Mental hospitals Bombay report 1921-28 - 1921-1928
Year: 1921
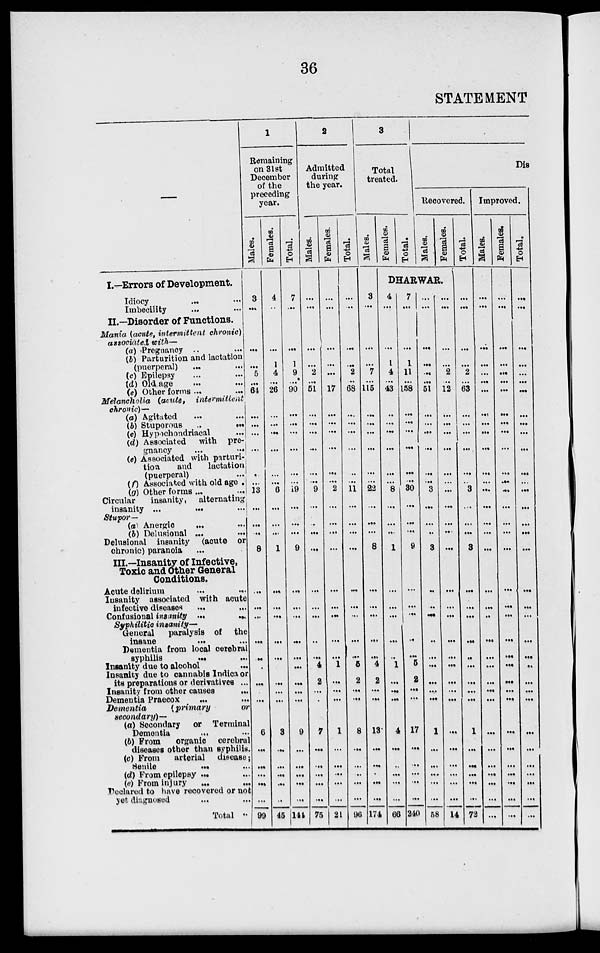
36
STATEMENT
—
I.—Errors of Development.
Idiocy
...
...
Imbecility ... ...
II.—Disorder of Functions.
Mania (acute, intermittent chronic)
associated with—
(a) Pregnancy .. ...
(b) Parturition and lactation
(puerperal) ... ...
(c) Epilepsy ... ...
(d) Old age ... ...
(e) Other forms ... ...
Melancholia (acute,
intermittent
chronic)—
(a) Agitated ... ...
(b) Stuporous ... ...
(c) Hypochondriacal ...
(d) Associated
with pre-
gnancy
... ...
(e) Associated with parturi-
tion
and
lactation
(puerperal) ...
(f) Associated with old age
(g) Other forms ... ...
Circular
insanity,
alternating
insanity ...
...
...
Stupor—
(a) Anergic ... ...
(b) Delusional ... ...
Delusional insanity (acute or
chronic) paranoia ...
III.—Insanity of Infective,
Toxic and Other General
Conditions.
Acute delirium ... ...
Insanity associated with acute
infective disease ... ...
Confusional insanity ... ...
Syphilitic insanity—
General
paralysis of the
insane ... ...
Dementia from local cerebral
syphilis ... ...
Insanity due to alcohol ...
Insanity due to cannabis Indica or
its preparations or derivatives ...
Insanity from other causes
...
Dementia Praecox ... ...
Dementia
(primary
or
secondary)—
(a) Secondary
or Terminal
Dementia ... ...
(b) From
organic
cerebral
diseases other than syphilis.
(c) From
arterial
disease;
Senile
...
...
(d) From epilepsy ... ...
(e) From injury
...
...
Declared to have recovered or not
yet diagnosed ... ...
Total ...
1
Remaining
on 31st
December
of the
preceding
year.
Males.
3
...
...
...
5
...
64
...
...
...
...
...
...
13
...
...
...
8
...
...
...
...
...
...
...
...
...
6
...
...
...
...
...
99
Females.
4
...
...
1
4
...
26
...
...
...
...
...
...
6
...
...
...
1
...
...
...
...
...
...
...
...
...
3
...
...
...
...
...
45
Total.
7
...
...
1
9
...
90
...
...
...
...
...
...
19
...
...
...
9
...
...
...
...
...
...
...
...
...
9
...
...
...
...
...
141
2
Admitted
during
the year.
Males.
...
...
...
...
2
...
51
...
...
...
...
...
...
9
...
...
...
...
...
...
...
...
...
4
2
...
...
7
...
...
...
...
...
75
Females.
...
...
...
...
...
...
17
...
...
...
...
...
...
2
...
...
...
...
...
...
...
...
...
1
...
...
...
1
...
...
...
...
...
24
Total.
...
...
...
...
2
...
68
...
...
...
...
...
...
11
...
...
...
...
...
...
...
...
...
5
2
...
...
8
...
...
...
...
...
96
3
Total
treated.
Males.
3
...
...
...
7
...
115
...
...
...
...
...
...
22
...
...
...
8
...
...
...
...
...
4
2
...
...
13
...
...
...
...
...
174
Females.
Total.
Dis
Recovered.
Males.
Females.
DHARWAR.
4
...
...
1
4
...
43
...
...
...
...
...
...
8
...
...
...
1
...
...
...
...
...
1
...
...
...
4
...
...
...
...
...
66
7
...
...
1
11
...
158
...
...
...
...
...
...
30
...
...
...
9
...
...
...
...
...
5
2
...
...
17
...
...
...
...
...
240
...
...
...
...
...
...
51
...
...
...
...
...
...
3
...
...
...
3
...
...
...
...
...
...
...
...
...
1
...
...
...
...
...
58
...
...
...
...
2
...
12
...
...
...
...
...
...
...
...
...
...
...
...
...
...
...
...
...
...
...
...
...
...
...
...
...
...
14
Total.
...
...
...
...
2
...
63
...
...
...
...
...
...
3
...
...
...
3
...
...
...
...
...
...
...
...
...
1
...
...
...
...
...
72
Improved.
Males.
...
...
...
...
...
...
...
...
...
...
...
...
...
...
...
...
...
...
...
...
...
...
...
...
...
...
...
...
...
...
...
...
...
...
Females.
...
...
...
...
...
...
...
...
...
...
...
...
...
...
...
...
...
...
...
...
...
...
...
...
...
...
...
...
...
...
...
...
...
...
Total.
...
...
...
...
...
...
...
...
...
...
...
...
...
...
...
...
...
...
...
...
...
...
...
...
...
...
...
...
...
...
...
...
...
...